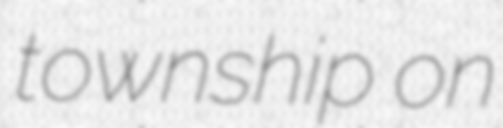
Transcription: township on